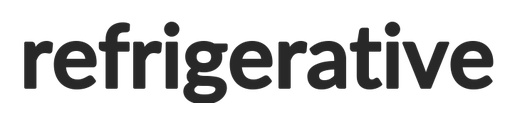
refrigerative